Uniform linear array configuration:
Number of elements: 32
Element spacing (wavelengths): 1
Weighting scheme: binomial
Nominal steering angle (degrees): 15
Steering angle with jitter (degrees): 13.268
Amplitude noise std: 0.05
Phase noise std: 0.05

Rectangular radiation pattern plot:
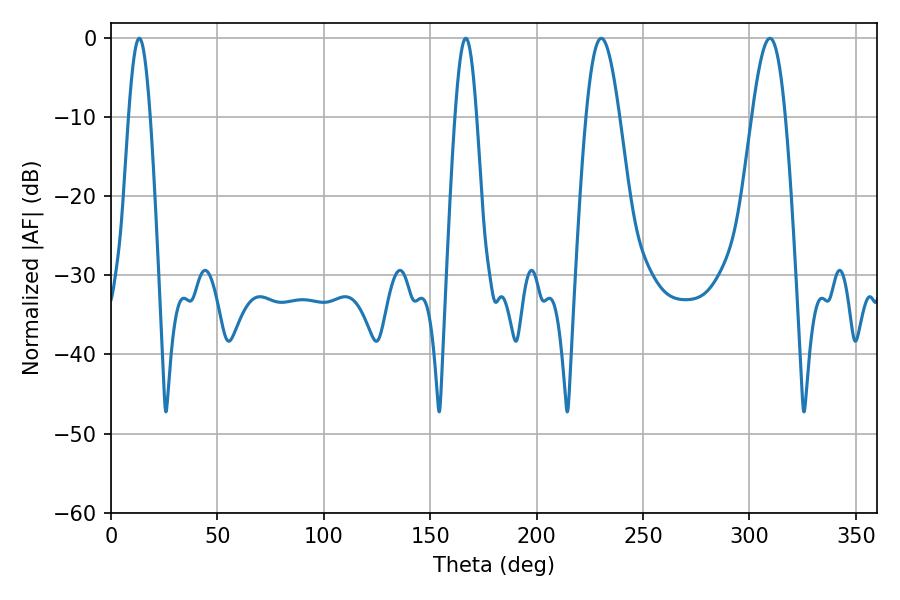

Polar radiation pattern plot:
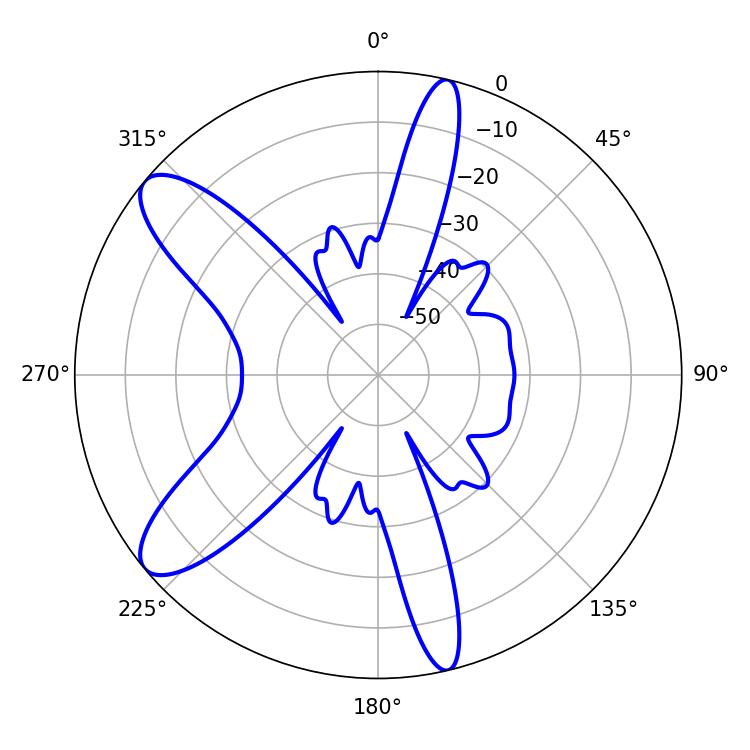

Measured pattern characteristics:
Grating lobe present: TRUE
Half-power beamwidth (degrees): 8.28
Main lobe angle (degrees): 230.4